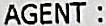
AGENT :